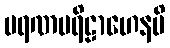
မရဏပရိဠာဟေနပိ